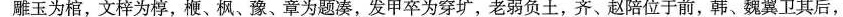
雕玉为棺，文梓为椁，梗、枫、豫、章为题凑，发甲卒为穿圹，老弱负土，齐、赵陪位于前，韩、魏翼卫其后，